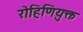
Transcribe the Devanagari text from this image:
रोहिणियुक्त